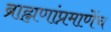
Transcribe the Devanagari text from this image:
ब्राह्मणांप्रमाणेंच